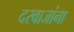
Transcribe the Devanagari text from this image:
दरवाजांना